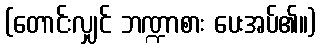
(တောင်းလျှင် ဘဏ္ဍာစား ပေးအပ်၏။)